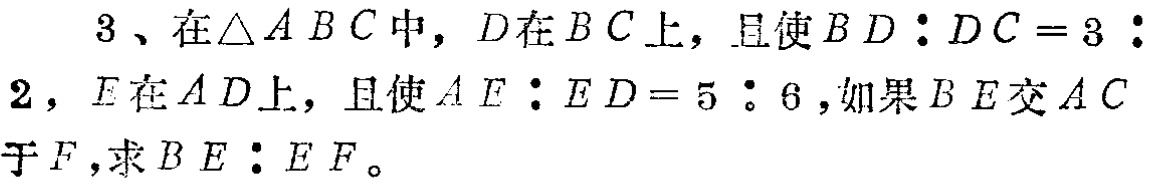
3、在\(\triangle ABC\)中，\(D\)在\(BC\)上，且使\(BD:DC = 3:2\)，\(E\)在\(AD\)上，且使\(AE:ED = 5:6\)，如果\(BE\)交\(AC\)于\(F\)，求\(BE:EF\)。